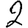
Digit: 2